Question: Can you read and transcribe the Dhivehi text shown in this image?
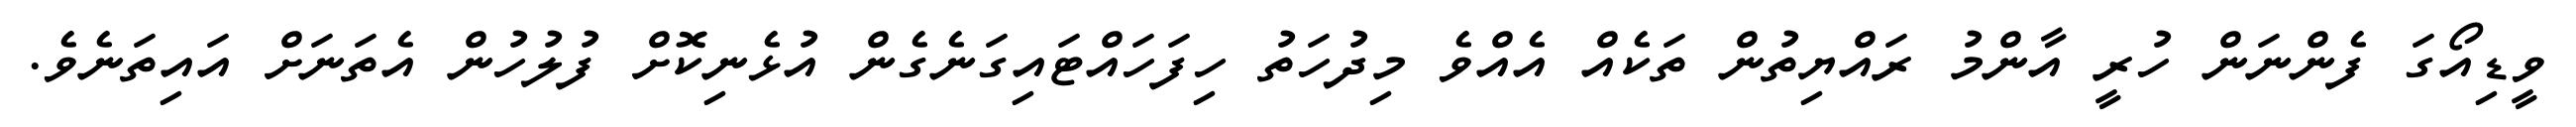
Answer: ވީޑިއޯގަ ފެންނަން ހުރީ އާންމު ރައްޔިތުން ތަކެއް އެއްވެ މިދުހަތު ހިފަހައްޓައިގަނެގެން އުޅެނިކޮށް ފުލުހުން އެތަނަށް އައިތަނެވެ.